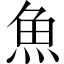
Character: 魚